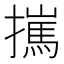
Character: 𢶮